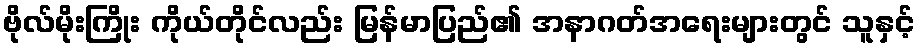
ဗိုလ်မိုးကြိုး ကိုယ်တိုင်လည်း မြန်မာပြည်၏ အနာဂတ်အရေးများတွင် သူနှင့်